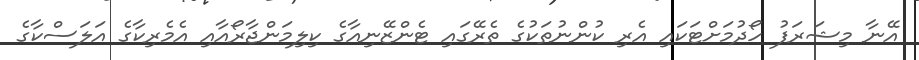
އޭނާ މިޝަރަފު ހޯދުމަށްޓަކައި އެރި ކުންނުތަކުގެ ތެރޭގައި ޓެންޒޭނިއާގެ ކިލިމަންޖާރޯއާއި އެމެރިކާގެ އަލަސްކާގެ